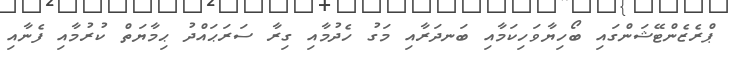
ޕްރެޒެންޓޭޝަންގައި ބޯހިޔާވަހިކަމާއި ބަނދަރާއި މަގު ހެދުމާއި ގިރާ ސަރަޙައްދު ޙިމާޔަތް ކުރުމާއި ފެނާއި